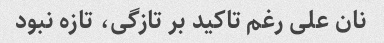
نان علی رغم تاکید بر تازگی، تازه نبود